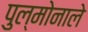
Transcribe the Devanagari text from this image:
पुल्मोनाले